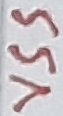
Text: VSS